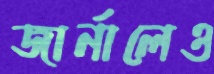
জার্নালেও